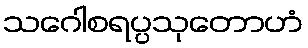
သဂေါစရပ္ပသုတောဟံ